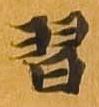
習